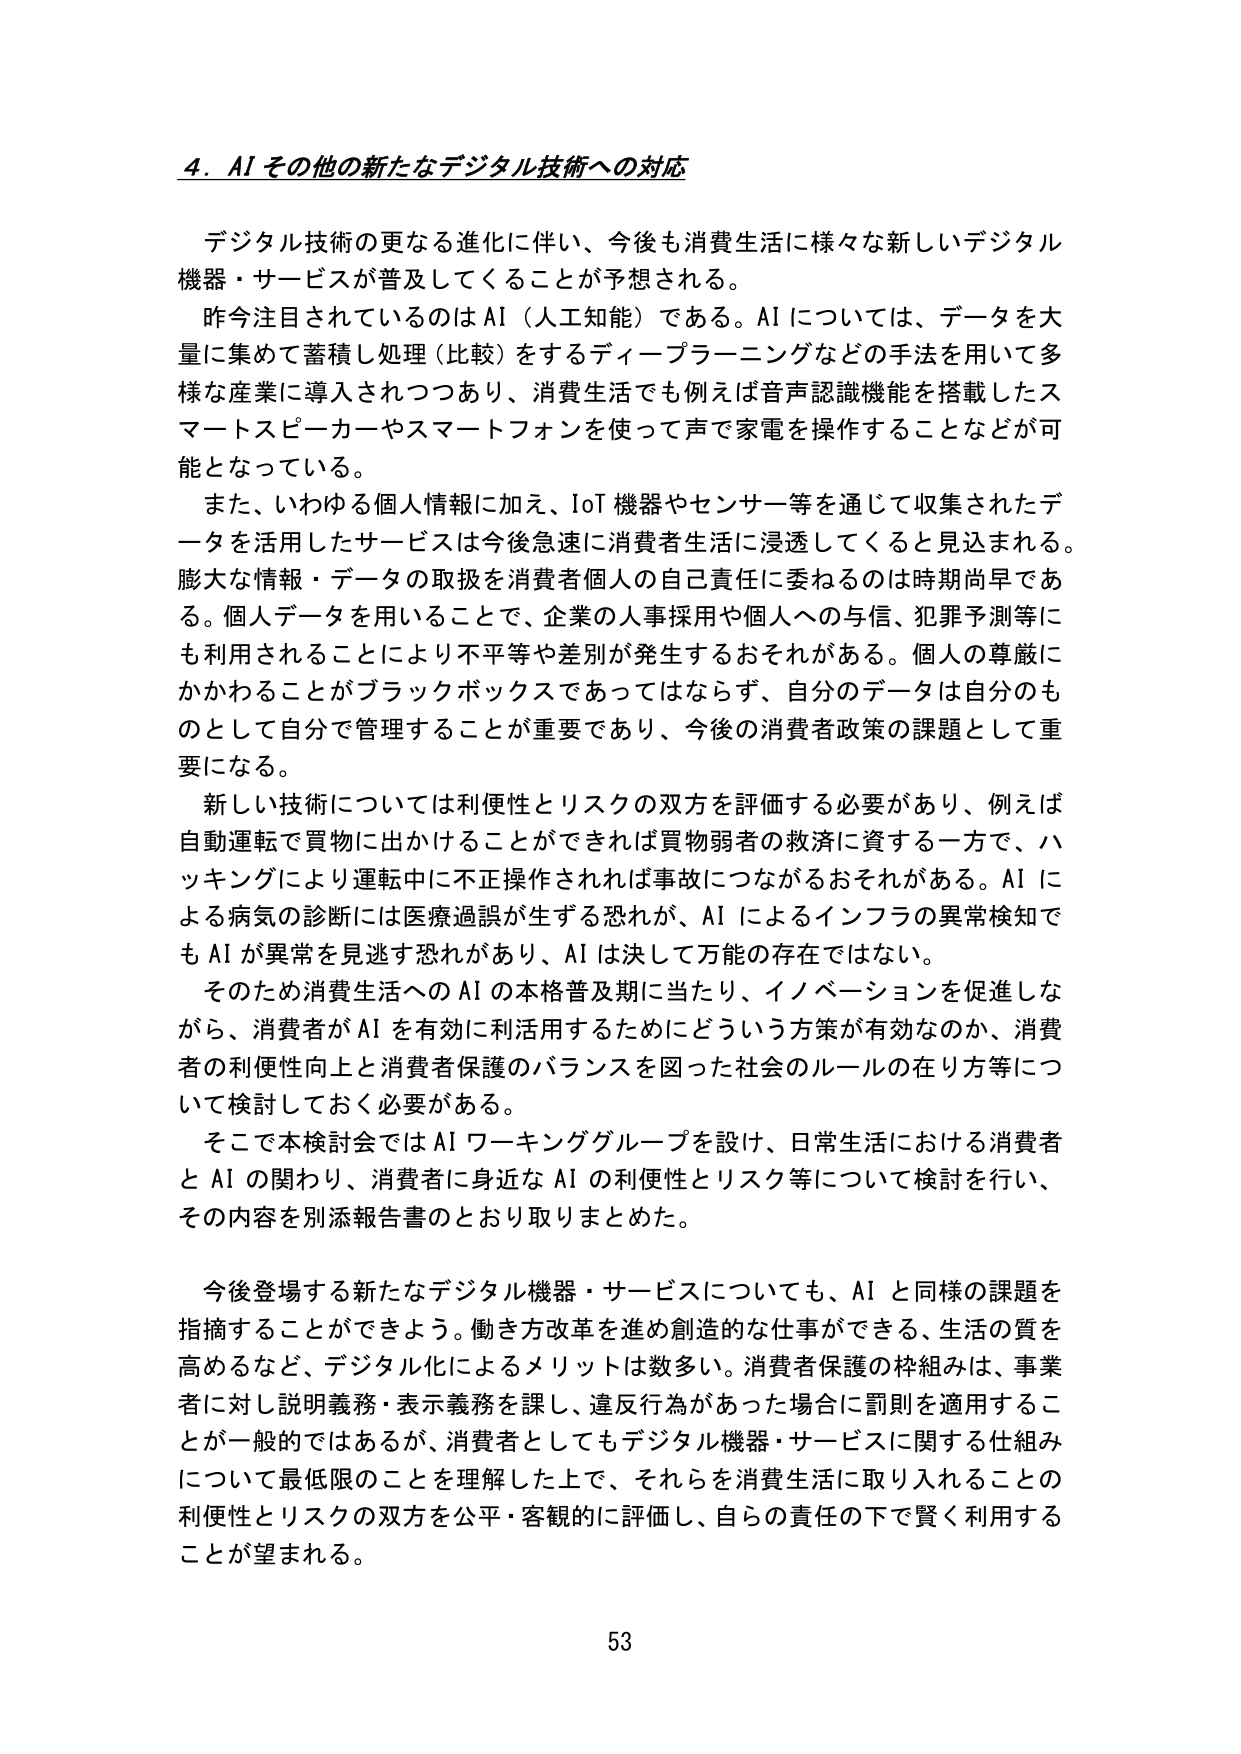
4. AI その他 の 新たな デジタル 技術 へ の 対応

デジタル 技術 の 更なる 進化 に 伴い 、 今後 も 消費 生活 に 様々な 新しい デジタル 機器 ・ サービス が 普及 し て くる こと が 予想 さ れる 。

昨今 注目 さ れて いる の は AI （ 人工知能 ） で ある 。 AI について は 、 データ を 大量 に 集め て 蓄積 し 処理 （ 比較 ） を する ディープ ラーニング など の 手法 を 用い て 多様 な 産業 に 導入 さ れ つつ あり 、 消費 生活 で も 例えば 音声 認識 機能 を 搭載 し た スマート スピーカー や スマート フォン を 使っ て 声 で 家電 を 操作 する こと など が 可能 と なっ て いる 。

また 、 いわゆる 個人 情報 に 加え 、 IoT 機器 や センサー 等 を 通じ て 収集 さ れ た データ を 活用 し た サービス は 今後 急速 に 消費者 生活 に 浸透 し て くる と 見込 ま れる 。 膨大 な 情報 ・ データ の 取扱 を 消費者 個人 の 自己 責任 に 委ねる の は 時期 尚早 で あ る 。 個人 データ を 用いる こと で 、 企業 の 人事 採用 や 個人 へ の 与信 、 犯罪 予測 等 に も 利用 さ れる こと に より 不平等 や 差別 が 発生 する おそれ が ある 。 個人 の 尊厳 に かかわる こと が ブラック ボックス で あっ て は ならず 、 自分 の データ は 自分 の もの と して 自分 で 管理 する こと が 重要 で あり 、 今後 の 消費者 政策 の 課題 と して 重要 に なる 。

新しい 技術 について は 利便性 と リスク の 双方 を 評価 する 必要 が あり 、 例えば 自動 運転 で 買物 に 出かけ る こと が できれ ば 買物 弱者 の 救済 に 資する 一方 で 、 ハッキング に より 運転 中 に 不正 操作 さ れれ ば 事故 に つながる おそれ が ある 。 AI に よる 病気 の 診断 に は 医療 過誤 が 生ずる 恐れ が 、 AI に よる インフラ の 異常 検知 で も AI が 異常 を 見逃す 恐れ が あり 、 AI は 決して 万能 の 存在 で は ない 。

そのため 消費 生活 へ の AI の 本格 普及 期 に 当たり 、 イノベーション を 促進 し な がら 、 消費者 が AI を 有効 に 利活用 する ため に どう いう 方策 が 有効 な の か 、 消費者 の 利便性 向上 と 消費者 保護 の バランス を 図っ た 社会 の ルール の 在り方 等 に つ いて 検討 し て おく 必要 が ある 。

そこで 本 検討会 で は AI ワーキング グループ を 設け 、 日常 生活 に おける 消費者 と AI の 関わり 、 消費者 に 身近 な AI の 利便性 と リスク 等 について 検討 を 行い 、 その 内容 を 別添 報告書 の とおり 取りまとめ た 。

今後 登場 する 新たな デジタル 機器 ・ サービス について も 、 AI と 同様 の 課題 を 指摘 する こと が でき よう 。 働き方 改革 を 進め 創造 的 な 仕事 が でき る 、 生活 の 質 を 高める など 、 デジタル 化 による メリット は 数多 い 。 消費者 保護 の 枠組み は 、 事業者 に対し 説明 義務 ・ 表示 義務 を 課し 、 違反 行為 が あっ た 場合 に 罰則 を 適用 する こと が 一般 的 で は ある が 、 消費者 と して も デジタル 機器 ・ サービス に関す る 仕組み について 最低限 の こと を 理解 し た 上 で 、 それら を 消費 生活 に 取り入れ る こと の 利便性 と リスク の 双方 を 公平 ・ 客観 的 に 評価 し 、 自ら の 責任 の 下 で 賢く 利用 する こと が 望ま れる 。

53